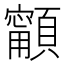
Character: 𩕋